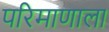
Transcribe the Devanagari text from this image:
परिमाणाला